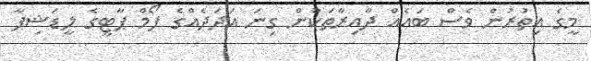
މީގެ އިތުރުން ވެސް ބައެއް ދާއިރާތަކުން ގިނަ އަދަދެއްގެ ފޯމް ޕާޓީގެ ލީޑަޝިޕާ